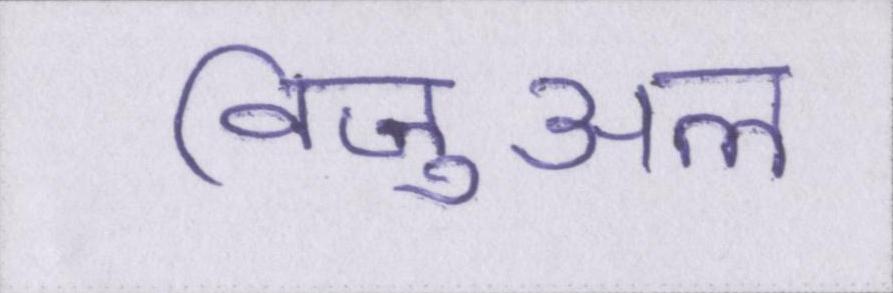
विजुअल